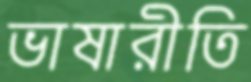
ভাষারীতি